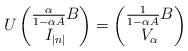
LaTeX: \begin{align*}U \begin{pmatrix} \frac{\alpha}{1-\alpha A} B \\ I_{|n|} \end{pmatrix} = \begin{pmatrix} \frac{1}{1-\alpha A} B \\ V_{\alpha} \end{pmatrix}\end{align*}